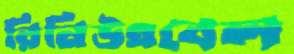
রিনিউএবেল